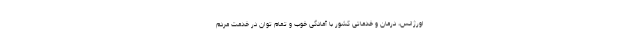
اورژانس، درمان و خدماتی کشور با آمادگی خوب و تمام توان در خدمت مردم